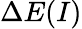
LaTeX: \Delta E(I)